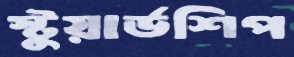
স্টুয়ার্ডশিপ